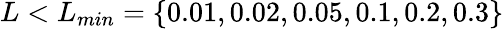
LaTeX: L<L_{min}=\{ 0.01,0.02,0.05,0.1,0.2,0.3\}